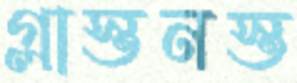
গ্লাস্তনস্ত